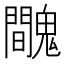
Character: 𩴦